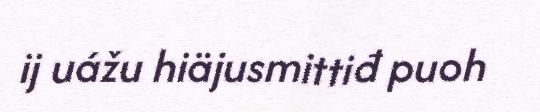
ij uážu hiäjusmittiđ puoh